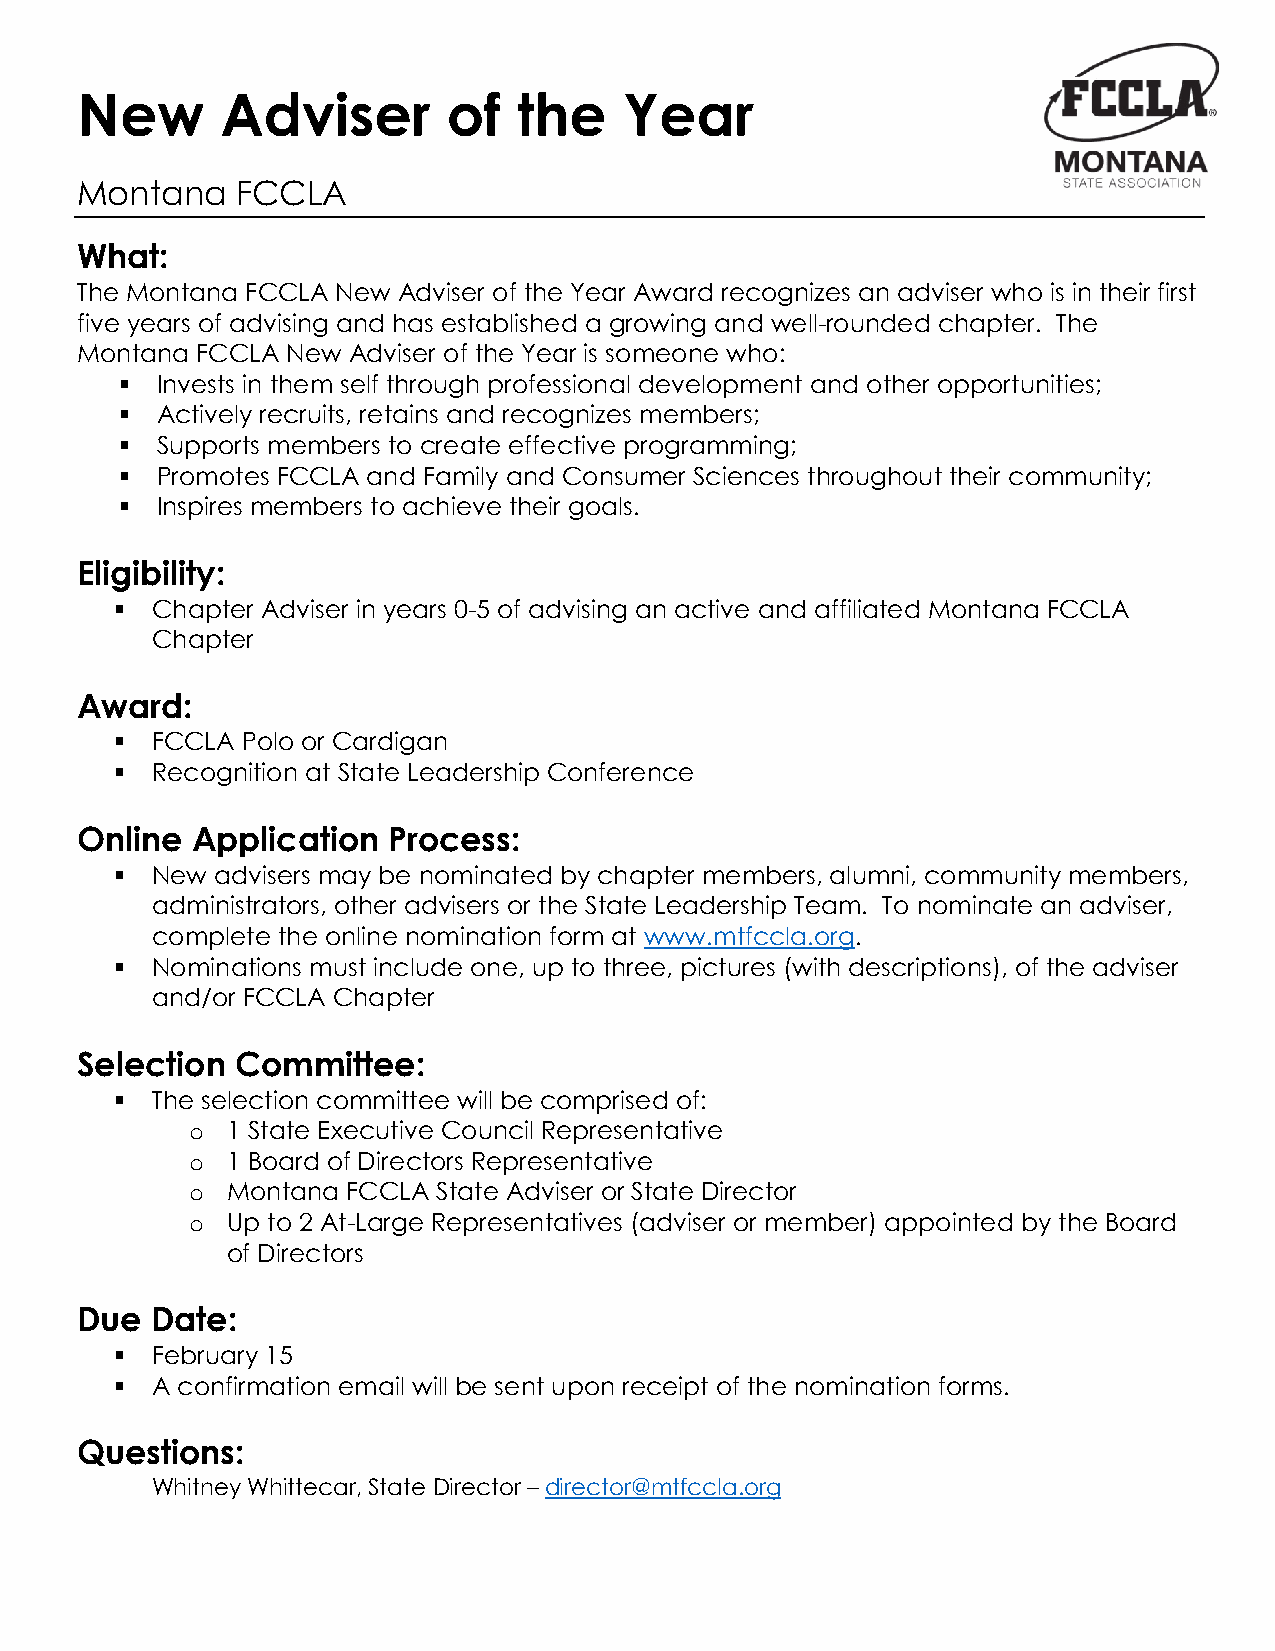
New       Adviser        of  the    Year
 Montana    FCCLA
 What:
 The Montana FCCLA New Adviser of the Year Award recognizes an adviser who is in their first
 five years of advising and has established a growing and well-rounded chapter. The
 Montana FCCLA New Adviser of the Year is someone who:
 § Invests in them self through professional development and other opportunities;
 § Actively recruits, retains and recognizes members;
 § Supports members to create effective programming;
 § Promotes FCCLA and Family and Consumer Sciences throughout their community;
 § Inspires members to achieve their goals.
 Eligibility:
 § Chapter Adviser in years 0-5 of advising an active and affiliated Montana FCCLA
 Chapter
 Award:
 § FCCLA Polo or Cardigan
 § Recognition at State Leadership Conference
 Online  Application  Process:
 § New advisers may be nominated by chapter members, alumni, community members,
 administrators, other advisers or the State Leadership Team. To nominate an adviser,
 complete the online nomination form at www.mtfccla.org.
 § Nominations must include one, up to three, pictures (with descriptions), of the adviser
 and/or FCCLA Chapter
 Selection  Committee:
 § The selection committee will be comprised of:
 o 1 State Executive Council Representative
 o 1 Board of Directors Representative
 o Montana FCCLA State Adviser or State Director
 o Up to 2 At-Large Representatives (adviser or member) appointed by the Board
 of Directors
 Due  Date:
 § February 15
 § A confirmation email will be sent upon receipt of the nomination forms.
 Questions:
 Whitney Whittecar, State Director – director@mtfccla.org